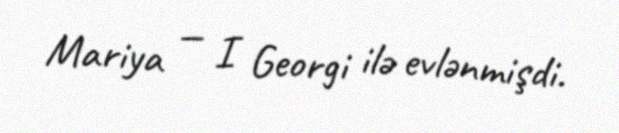
Mariya — I Georgi ilə evlənmişdi.